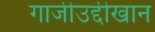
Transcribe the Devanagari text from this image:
गाजीउद्दीखान